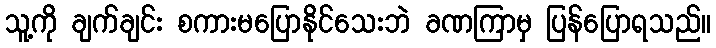
သူ့ကို ချက်ချင်း စကားမပြောနိုင်သေးဘဲ ခဏကြာမှ ပြန်ပြောရသည်။